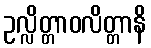
ဥလ္လိတ္တာဝလိတ္တာနိ